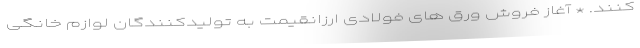
کنند. * آغاز فروش ورق های فولادی ارزانقیمت به تولیدکنندگان لوازم خانگی